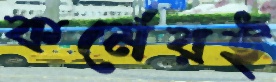
কর্মেরই